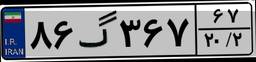
۸۶گ۳۶۷۶۷